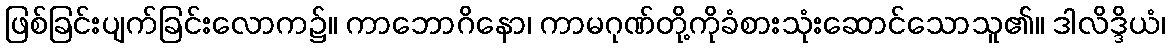
ဖြစ်ခြင်းပျက်ခြင်းလောက၌။ ကာဘောဂိနော၊ ကာမဂုဏ်တို့ကိုခံစားသုံးဆောင်သောသူ၏။ ဒါလိဒ္ဒိယံ၊